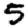
Digit: 5